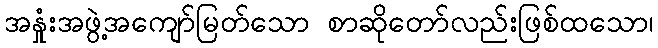
အနှုံးအဖွဲ့အကျော်မြတ်သော စာဆိုတော်လည်းဖြစ်ထသော၊